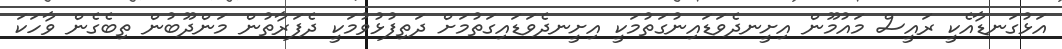
އަޅުގަނޑާއެކީ ރައީސް މައުމޫން އިށީނދެވަޑައިނުގަތުމަކީ އިށީނދެވަޑައިގަތުމަށް ދަތިފުޅުވުމަކީ ދެފަރާތުން މަންދޫބުން ތިބެގެން ވާހަކަ